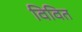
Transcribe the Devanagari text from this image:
विवित